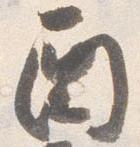
酉